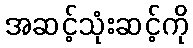
အဆင့်သုံးဆင့်ကို